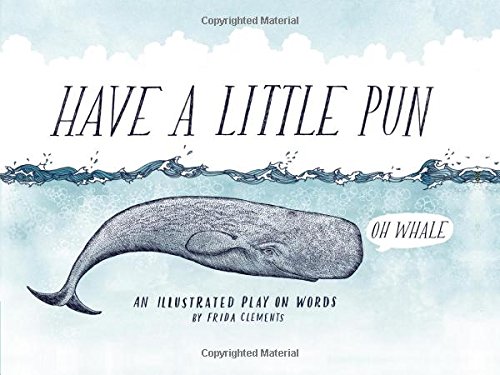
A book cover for Have a Little Pun: An Illustrated Play on Words; Frida Clements; Humor & Entertainment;